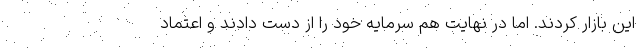
این بازار کردند. اما در نهایت هم سرمایه خود را از دست دادند و اعتماد